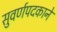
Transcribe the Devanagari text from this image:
सुवर्णपदकाने